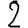
Digit: 2